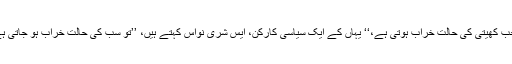
’’جب کھیتی کی حالت خراب ہوتی ہے،‘‘ یہاں کے ایک سیاسی کارکن، ایس شری نواس کہتے ہیں، ’’تو سب کی حالت خراب ہو جاتی ہے۔